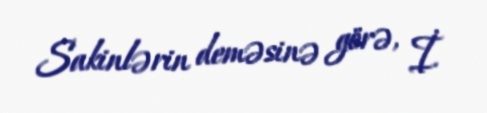
Sakinlərin deməsinə görə, İ.